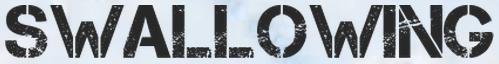
SWALLOWING